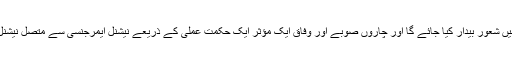
انہوں نے کہا کہ ملاوٹ کرنے والوں کے خلاف قانون سازی کرنے کے ساتھ ساتھ عوام میں شعور بیدار کیا جائے گا اور چاروں صوبے اور وفاق ایک مؤثر ایک حکمت عملی کے ذریعے نیشنل ایمرجنسی سے متصل نیشنل ایکشن متعارف کرائیں گے اور اگلے ہفتے وزیر اعظم اس سلسلے میں ملاقات کریں گے۔